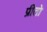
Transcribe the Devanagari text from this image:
प्रीतो